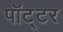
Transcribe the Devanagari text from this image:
पॉट्टर